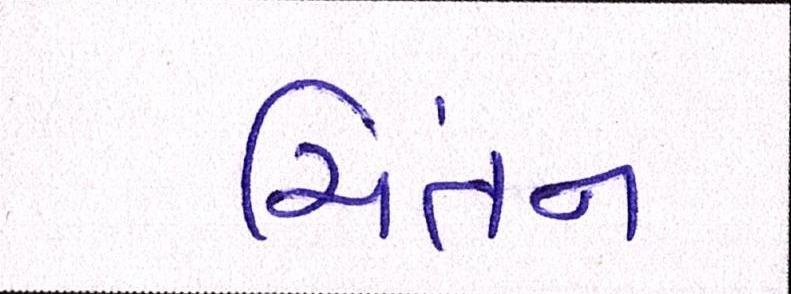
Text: ચિંતન